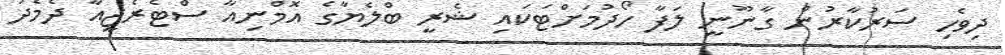
ދިވެހި ސަރުކާރުން ގާނޫނީ ލަފާ ހޯދުމަށްޓަކައި ޝެރީ ބްލެޔާގެ އޮމްނިއާ ސްޓެރެޖީއާ ދެމެދު